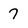
Character: 7